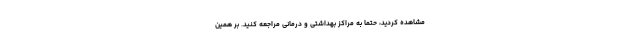
مشاهده کردید، حتما به مراکز بهداشتی و درمانی مراجعه کنید. بر همین